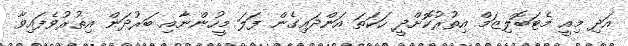
އަދި މިއީ މެޓަބޮލިޒަމް އިތުރުކޮށްދީ ހަކަތަ އަންދައިގެން ފަލަ މީހުންނާއި ބަރުދަން އިތުރުވެފައިވާ